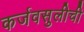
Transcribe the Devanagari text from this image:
कर्जवसुलीची